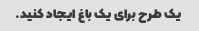
یک طرح برای یک باغ ایجاد کنید.